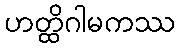
ဟတ္ထိဂါမကဿ